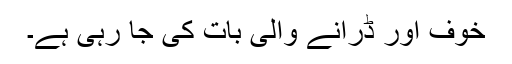
خوف اور ڈرانے والی بات کی جا رہی ہے۔